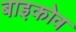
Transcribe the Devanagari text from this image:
बाइकोव